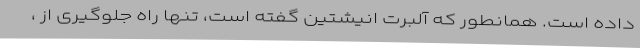
داده است. همانطور که آلبرت انیشتین گفته است، تنها راه جلوگیری از ،